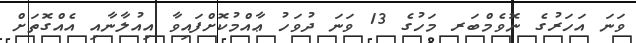
ވަނަ އަހަރުގެ ނޮވެމްބަރ މަހުގެ 13 ވަނަ ދުވަހު ޢާއްމުކޮށްފައިވާ އިއުލާނާއި އެއްގޮތަށް